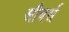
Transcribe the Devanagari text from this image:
सौबर्स